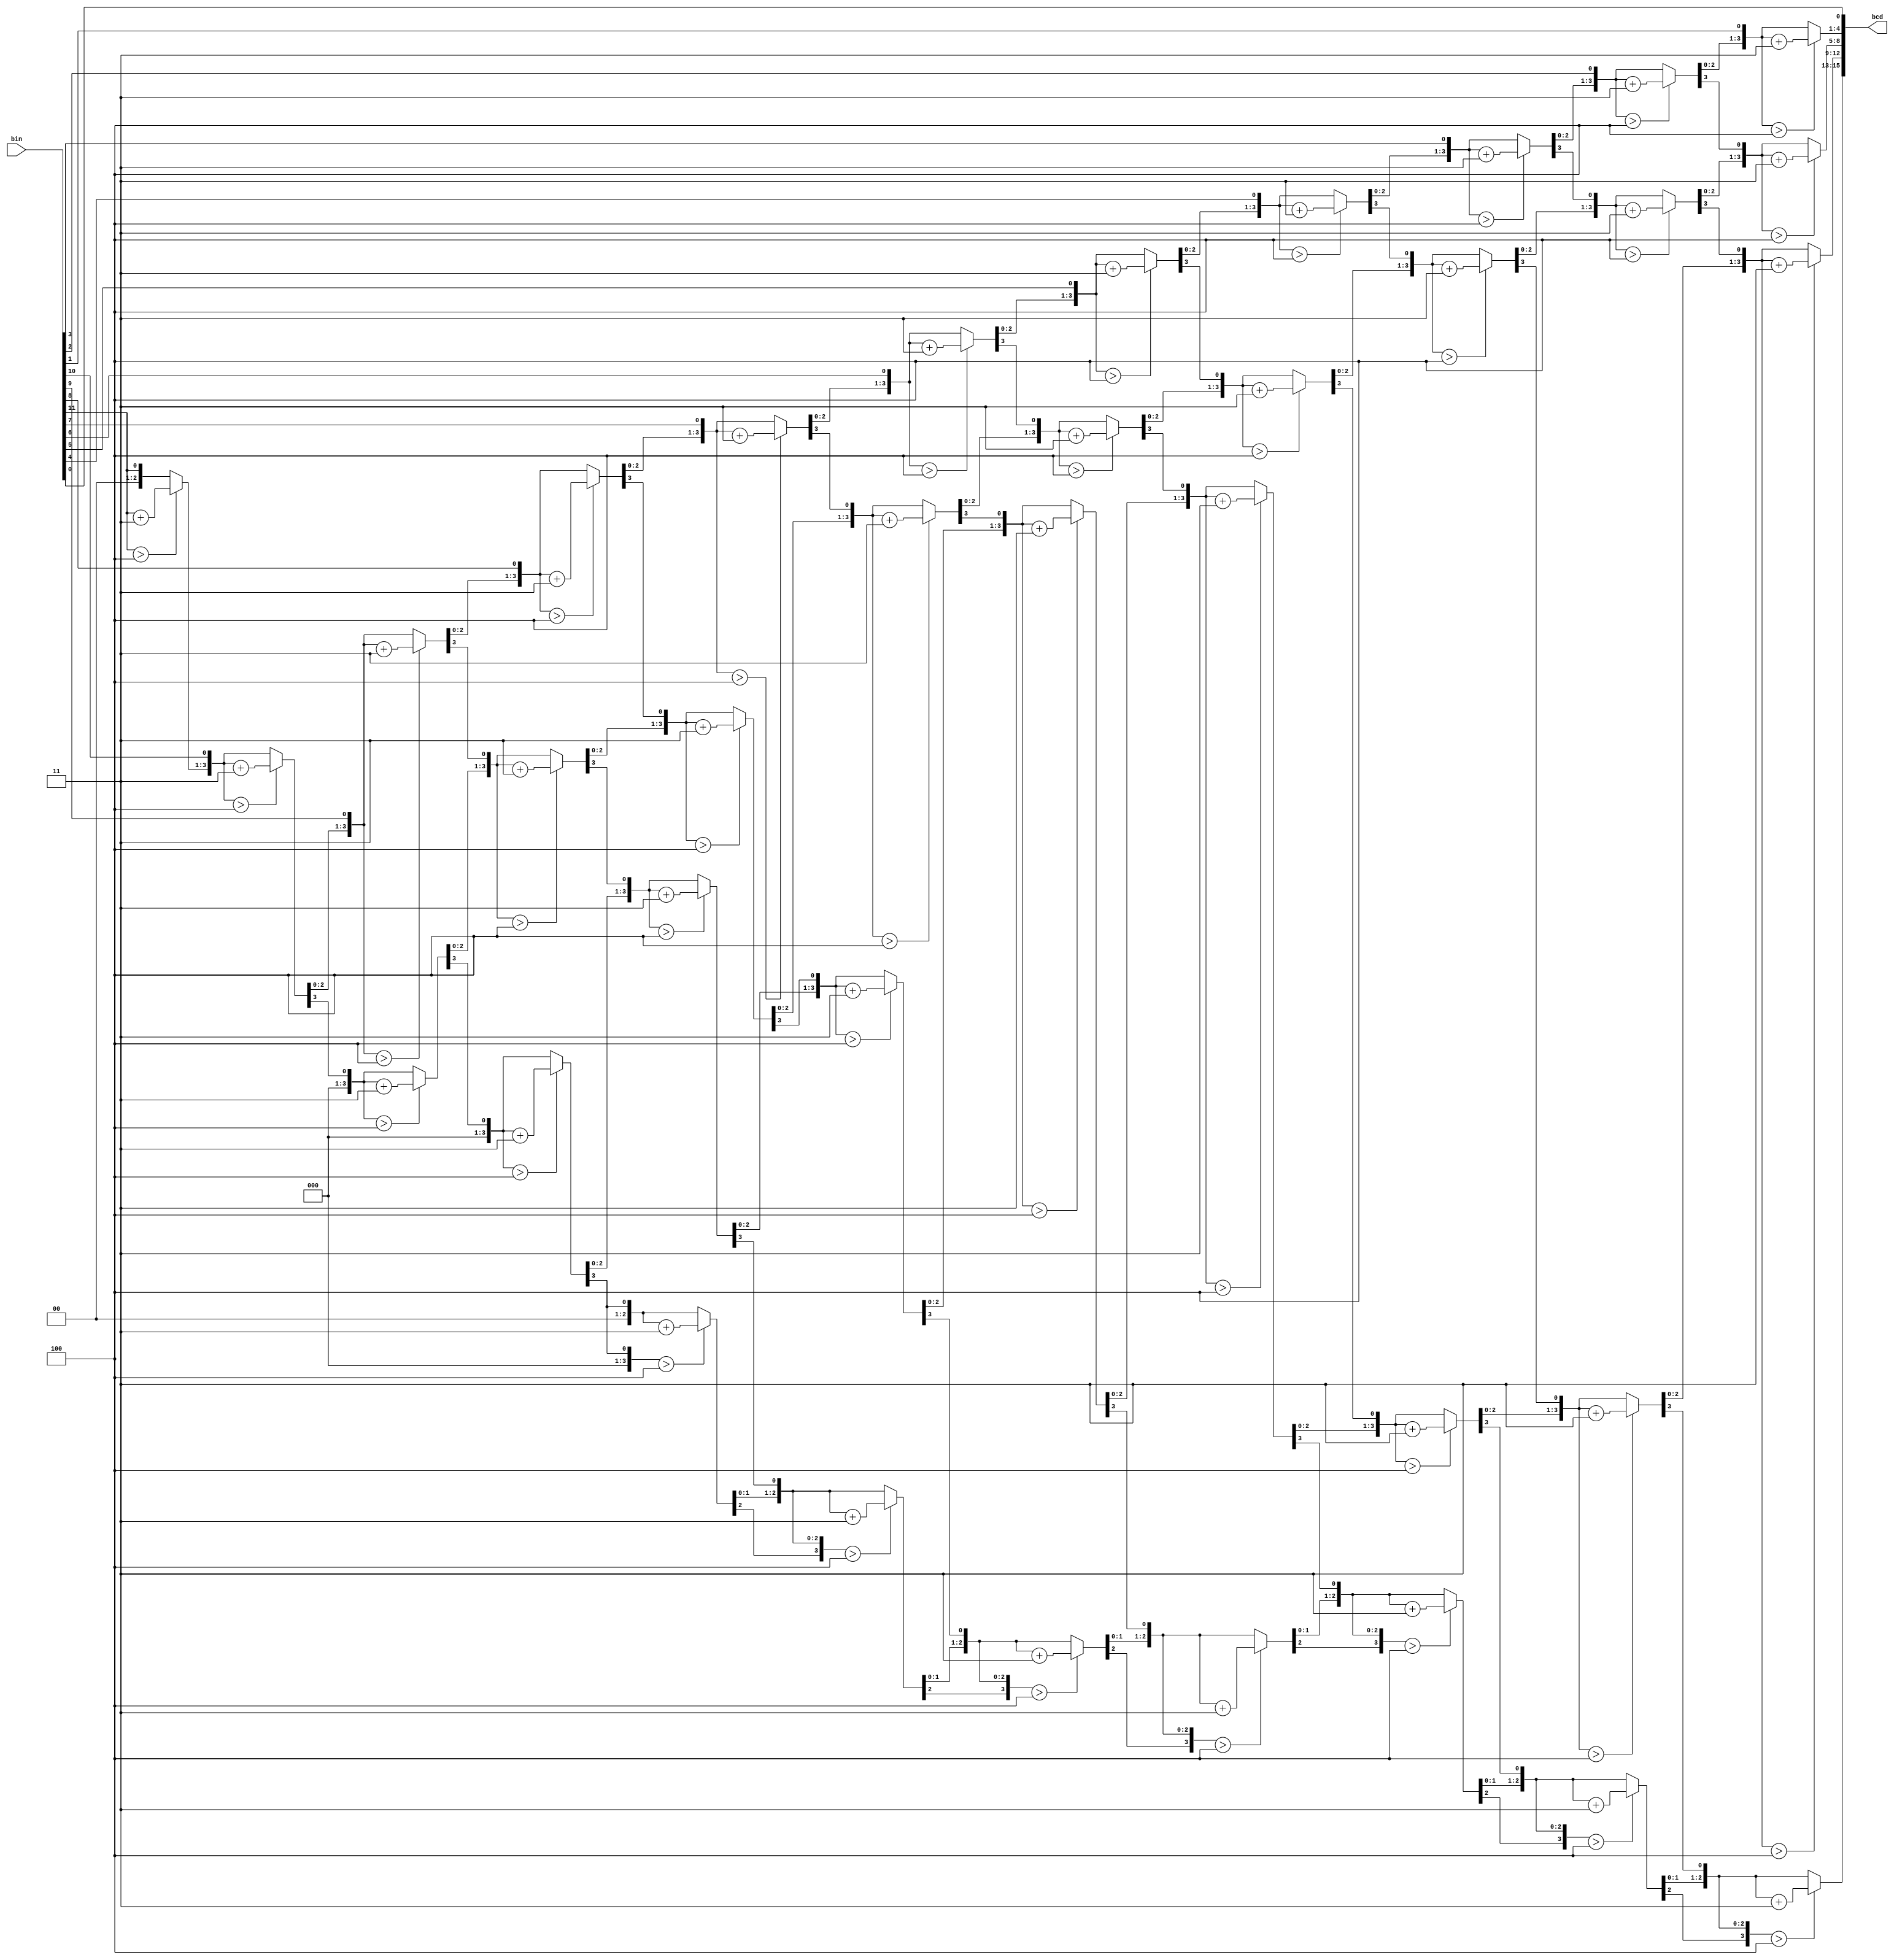
`timescale 1ns / 1ps
//////////////////////////////////////////////////////////////////////////////////
// Company: 
// Engineer: 
// 
// Design Name: 
// Module Name: bin2bcd
// Project Name: 
// Target Devices: 
// Tool Versions: 
// Description: 
// 
// Dependencies: 
// 
// Revision:
// Revision 0.01 - File Created
// Additional Comments:
// 
//////////////////////////////////////////////////////////////////////////////////


module bin2bcd(
    input [11:0]bin,
    output reg [15:0]bcd
    );
    
    // Internal variables
    integer i;   
    
    // Always block - implement the Double Dabble algorithm
    always @(bin) begin
        bcd = 0; // initialize bcd to zero.
        for (i = 0; i < 12; i = i+1) begin // run for 12 iterations
            bcd = {bcd[14:0], bin[11-i]}; // concatenation
            
            // if a hex digit of 'bcd' is more than 4, add 3 to it.  
            if(i < 11 && bcd[3:0] > 4) 
                bcd[3:0] = bcd[3:0] + 3;
            if(i < 11 && bcd[7:4] > 4)
                bcd[7:4] = bcd[7:4] + 3;
            if(i < 11 && bcd[11:8] > 4)
                bcd[11:8] = bcd[11:8] + 3;  
            if(i < 11 && bcd[15:12] > 4)
                bcd[15:12] = bcd[15:12] + 3;  
        end
    end     
                    
    
endmodule